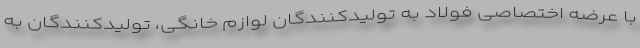
با عرضه اختصاصی فولاد به تولیدکنندگان لوازم خانگی، تولیدکنندگان به